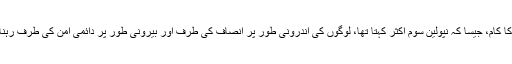
سلطنت کا کام، جیسا کہ نپولین سوم اکثر کہتا تھا، لوگوں کی اندرونی طور پر انصاف کی طرف اور بیرونی طور پر دائمی امن کی طرف رہنائی ہے ۔